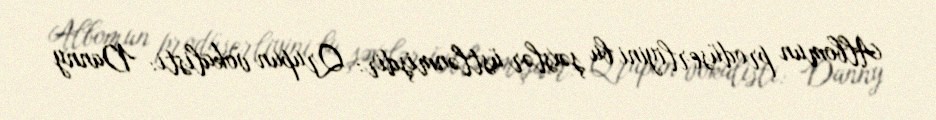
Albomun prodüserliyini bu şəxslər üstlənmişdir: Qrupun vokalisti: Danny